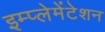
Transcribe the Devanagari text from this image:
इम्प्लेमेंटेशन